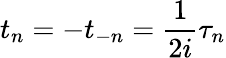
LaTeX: t_{n}=-t_{-n}=\frac{1}{2i}\tau_{n}